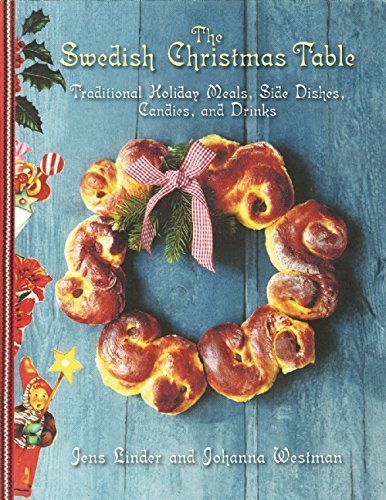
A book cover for The Swedish Christmas Table: Traditional Holiday Meals, Side Dishes, Candies, and Drinks; Jens Linder; Cookbooks, Food & Wine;